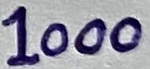
Text: 1000